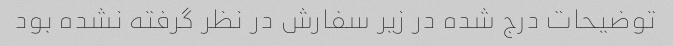
توضیحات درج شده در زیر سفارش در نظر گرفته نشده بود